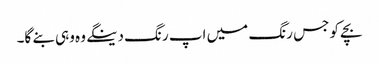
بچے کو جس رنگ میں اپ رنگ دینگے وہ وہی بنے گا۔